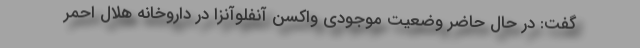
گفت: در حال حاضر وضعیت موجودی واکسن آنفلوآنزا در داروخانه هلال احمر